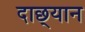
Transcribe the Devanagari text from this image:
दाछ्यान